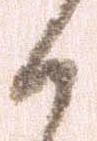
る